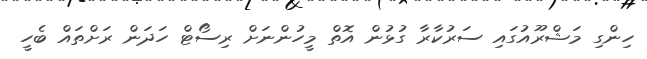
ހިންގި މަޝްރޫއުގައި ސަރުކާރާ ގުޅުން އޮތް މީހުންނަށް ރިސޯޓް ހަދަން ރަށްތައް ބެހީ